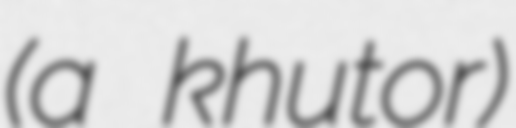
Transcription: (a khutor)